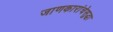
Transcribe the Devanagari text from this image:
जाणकारांचेसुद्धा